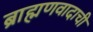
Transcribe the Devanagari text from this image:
ब्राह्मणवादाची